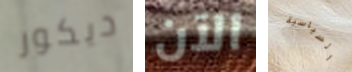
ديكور الآن السياسية